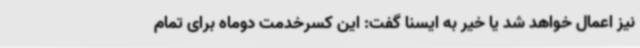
نیز اعمال خواهد شد یا خیر به ایسنا گفت: این کسرخدمت دوماه برای تمام